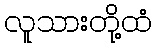
လူသားတို့ထံ